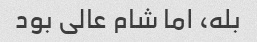
بله، اما شام عالی بود